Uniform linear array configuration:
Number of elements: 12
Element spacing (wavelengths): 1
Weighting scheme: kaiser
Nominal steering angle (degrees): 60
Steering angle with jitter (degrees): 60.495
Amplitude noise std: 0.05
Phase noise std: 0.05

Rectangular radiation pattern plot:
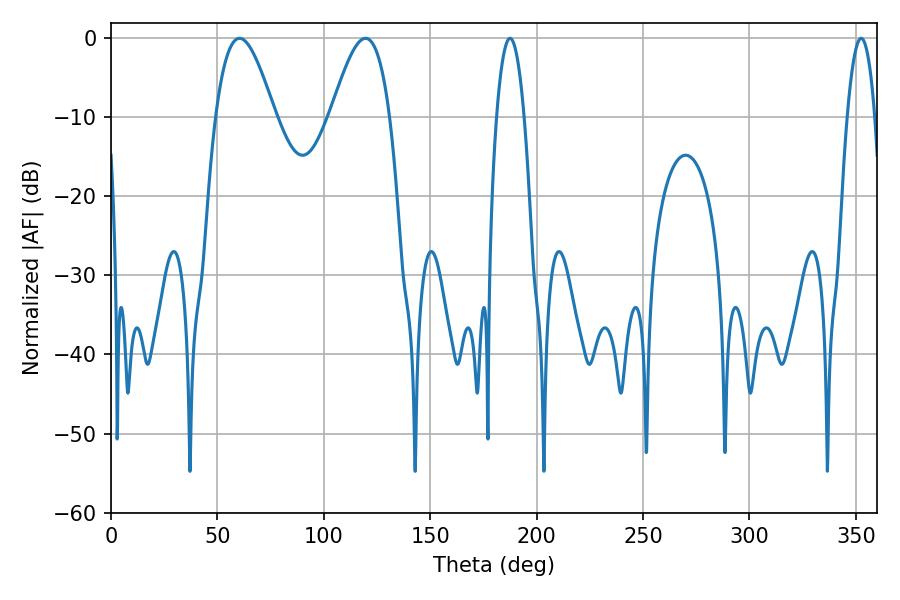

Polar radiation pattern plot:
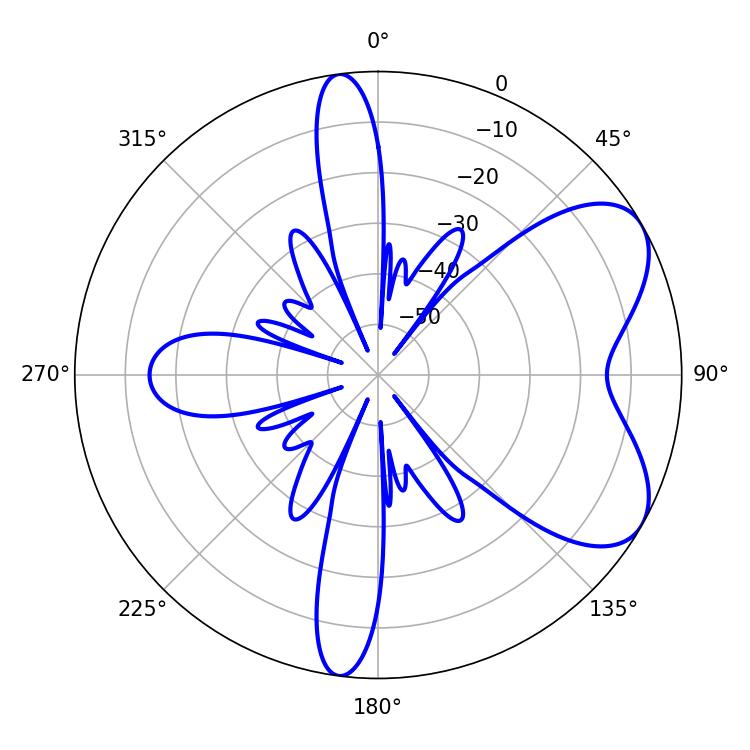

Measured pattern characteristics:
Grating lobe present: TRUE
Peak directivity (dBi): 6.302
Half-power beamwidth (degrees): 14.94
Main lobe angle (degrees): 60.48